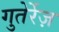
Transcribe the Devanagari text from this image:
गुतेर्रेज़